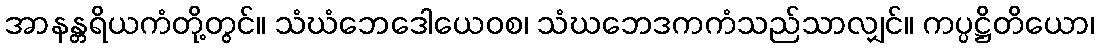
အာနန္တရိယကံတို့တွင်။ သံဃံဘေဒေါယေဝစ၊ သံဃဘေဒကကံသည်သာလျှင်။ ကပ္ပဋ္ဌိတိယော၊